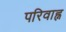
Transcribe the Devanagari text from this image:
परिवाह्न